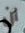
ان